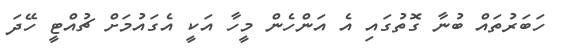
ހަބަރުތައް ބުނާ ގޮތުގައި އެ އަންހެން މީހާ އަކީ އެގައުމަށް ޗުއްޓީ ހޭދަ